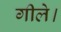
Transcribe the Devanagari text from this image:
गीले।